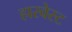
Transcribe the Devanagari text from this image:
हारवेस्ट